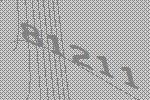
81211